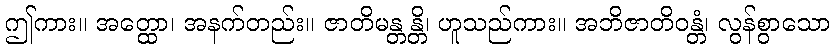
ဤကား။ အတ္ထော၊ အနက်တည်း။ ဇာတိမန္တန္တိ၊ ဟူသည်ကား။ အဘိဇာတိဝန္တံ၊ လွန်စွာသော